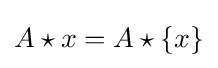
A\star x=A\star \{x\}